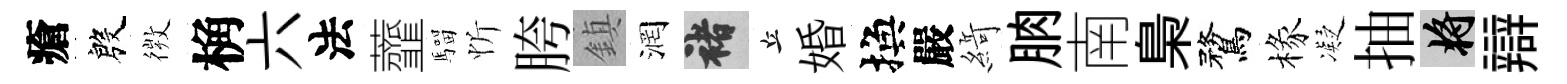
瘡殷𢕄桷六法虀騮忻胯鎮润褚丘婚換嚴𦂶朒南梟鶩椽凝抽將辯